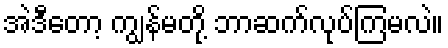
အဲဒီတော့ ကျွန်မတို့ ဘာဆက်လုပ်ကြမလဲ။